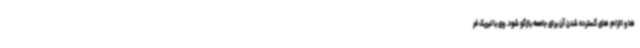
ها و الزام های گسترده شدن آن برای جامعه بازگو شود. وی با تبریک فر